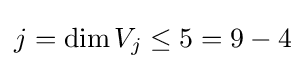
j=\dim V_{j}\leq 5=9-4